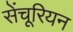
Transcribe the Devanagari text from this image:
सेंचूरियन